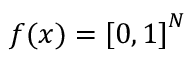
\begin{array} { r } { f ( x ) = { [ 0 , 1 ] } ^ { N } } \end{array}